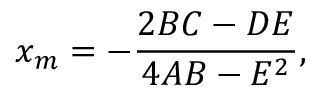
x _ { m } = - { \frac { 2 B C - D E } { 4 A B - E ^ { 2 } } } ,